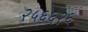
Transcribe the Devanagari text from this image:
२५६६२६